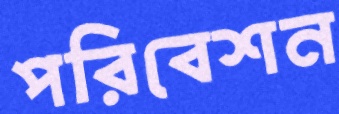
পরিবেশন